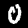
Label: 0